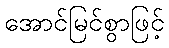
အောင်မြင်စွာဖြင့်